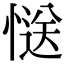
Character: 𭞅